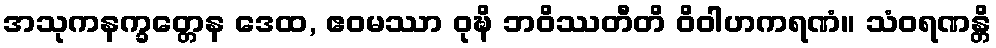
အသုကနက္ခတ္တေန ဒေထ, ဧဝမဿာ ဝုဍ္ဎိ ဘဝိဿတီတိ ဝိဝါဟကရဏံ။ သံဝရဏန္တိ